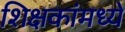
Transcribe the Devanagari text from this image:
शिक्षकांमध्ये